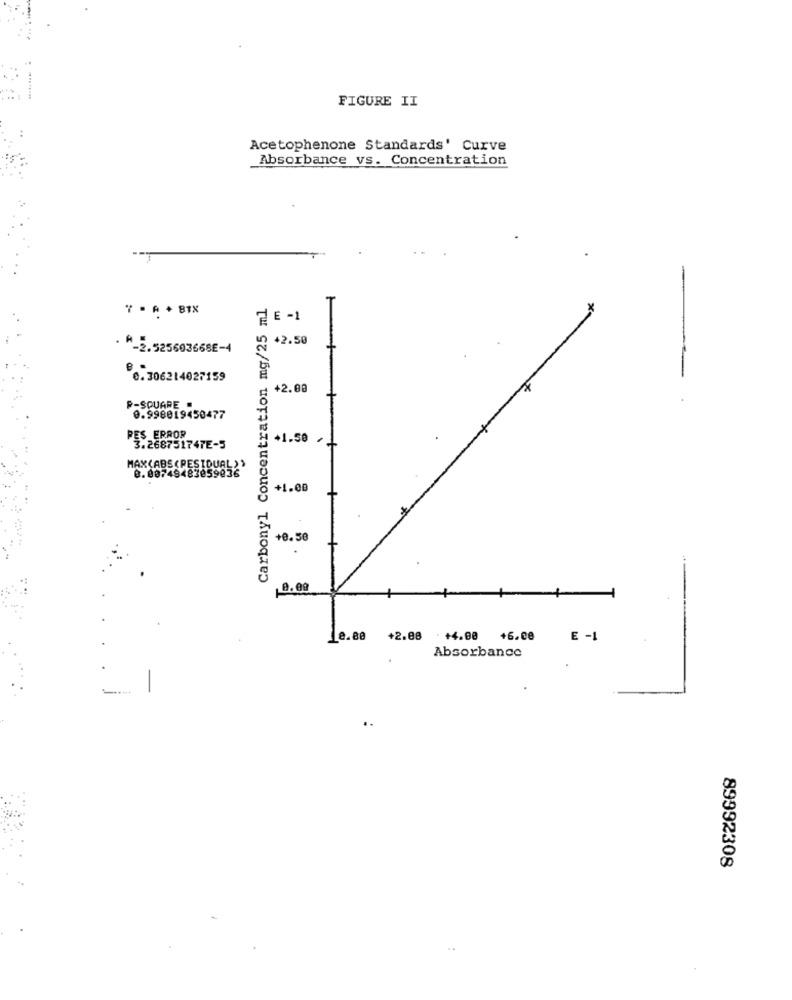
FIGURE II
Acetophenone Standards' Curve
Absorbance vs. Concentration
Carbonyl Concentration mg/25 ml
ZE-1
2 +2.50
-2.525603668E-4
0.306214027159
+2.08
P-SQUARE .
0.998019450477
PES ERROR
+1.50
3.268751747E-5
MAX(ABS (RESIDUAL ) >
0.00749483059036
+1.00
+0.50
8.09
+2.08
+4.00
+6.00
E -1
Absorbance
.
..
89992308